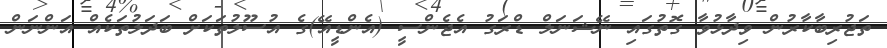
ތަޖުރިބާކާރުން ވިދާޅުވާ ގޮތުގައި ނޭޝަނަލް ޑްރަގު އެޖެންސީ (އެންޑީއޭ)ގެ އުސޫލުތަކަށް ބަދަލުތަކެއް އަންނަން